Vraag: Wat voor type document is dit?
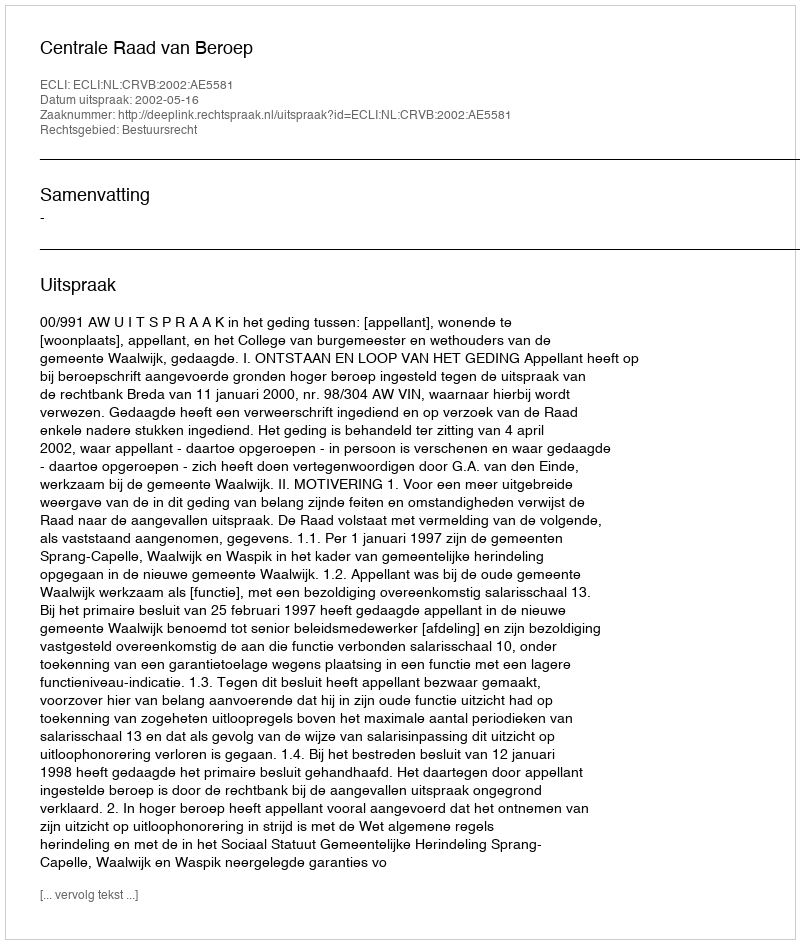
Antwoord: Uitspraak